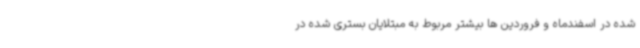
شده در اسفندماه و فروردین ها بیشتر مربوط به مبتلایان بستری شده در